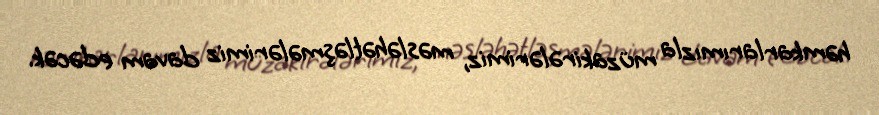
həmkarlarımızla müzakirələrimiz, məsləhətləşmələrimiz davam edəcək.